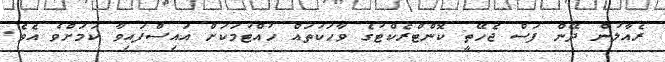
ރެއާލުން ދޭން ފަސް ޖެހޭތީ ކޮންޓްރެކްޓުގެ ވާހަކަތައް ހުއްޓުމަކަށް އައިސްފައިވާ ކަމަށްވެ އެވެ.